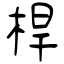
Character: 桿